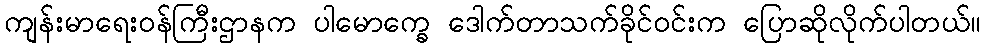
ကျန်းမာရေးဝန်ကြီးဌာနက ပါမောက္ခေ ဒေါက်တာသက်ခိုင်ဝင်းက ပြောဆိုလိုက်ပါတယ်။